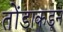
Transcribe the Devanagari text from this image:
तोंडाकडून